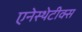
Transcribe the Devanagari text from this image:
एनेस्थेटीक्स